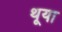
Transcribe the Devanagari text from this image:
थूया